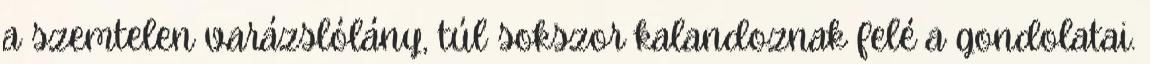
a szemtelen varázslólány, túl sokszor kalandoznak felé a gondolatai.